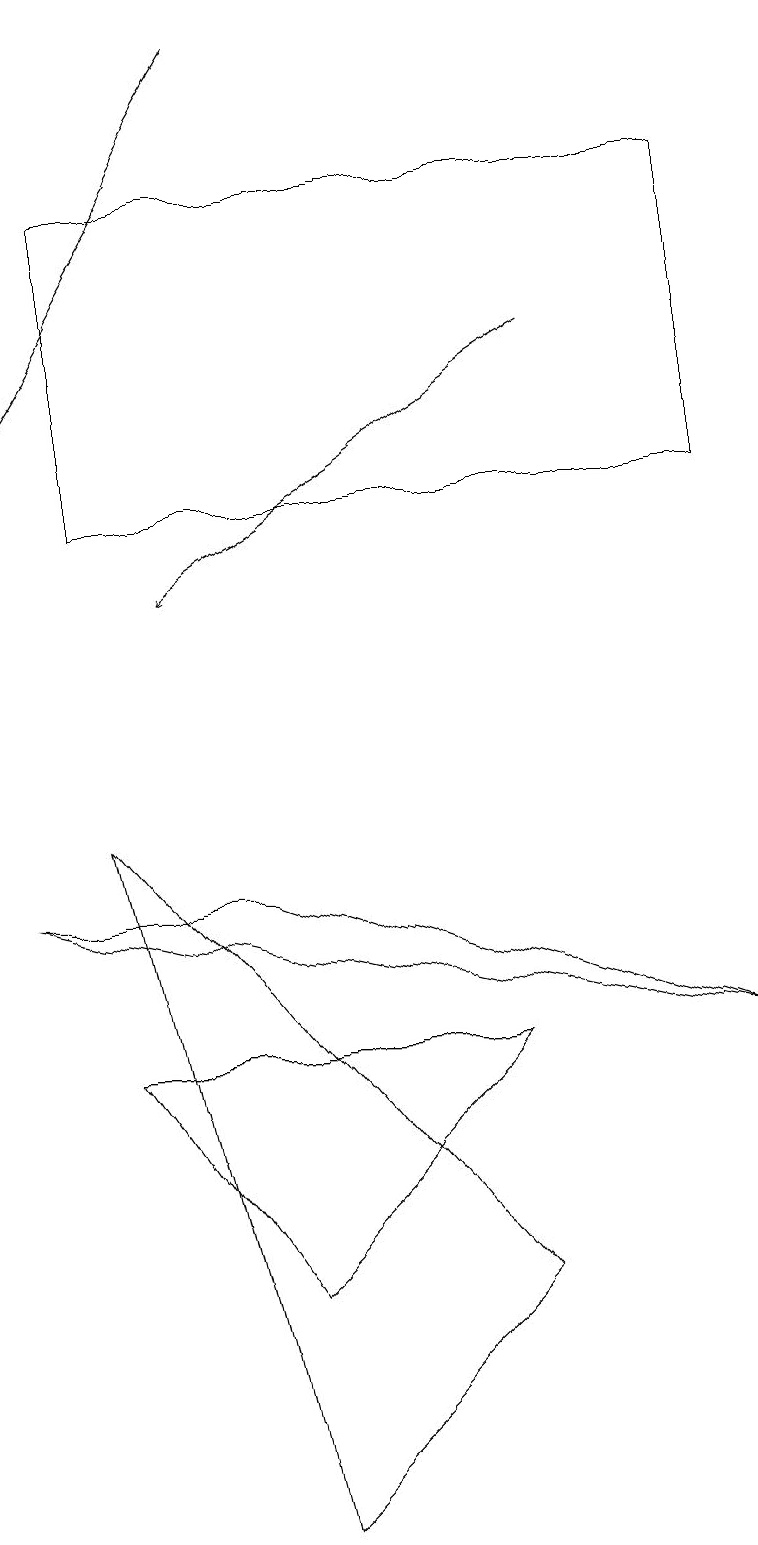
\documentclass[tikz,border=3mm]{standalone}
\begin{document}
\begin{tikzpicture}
\draw (3,0) -- (6,3) -- (1,9) -- cycle;
\draw (1,13) rectangle (9,17);
\draw (6,6) -- (3,3) -- (1,6) -- cycle;
\draw[->] (7,15) -- (2,12);
\draw (3,8) -- (9,6) -- (0,8) -- cycle;
\draw[->] (3,19) -- (0,14);
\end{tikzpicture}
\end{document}